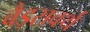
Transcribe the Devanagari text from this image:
वैड्सवर्थ